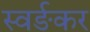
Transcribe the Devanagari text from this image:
स्वर्ङकर